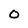
Character: 0